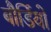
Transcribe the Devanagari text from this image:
बौर्डियो